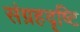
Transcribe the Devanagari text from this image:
संग्रहदृष्टि